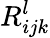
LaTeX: R_{ijk}^{l}